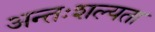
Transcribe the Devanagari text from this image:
अन्तःशल्यता